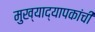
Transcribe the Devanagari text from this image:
मुख्‍याद्यापकांची